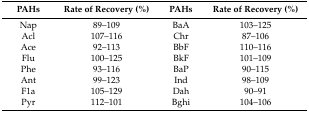
<table><thead><tr><td><b>PAHs</b></td><td><b>Rate of Recovery (%)</b></td><td><b>PAHs</b></td><td><b>Rate of Recovery (%)</b></td></tr></thead><tbody><tr><td>Nap</td><td>89–109</td><td>BaA</td><td>103–125</td></tr><tr><td>Acl</td><td>107–116</td><td>Chr</td><td>87–106</td></tr><tr><td>Ace</td><td>92–113</td><td>BbF</td><td>110–116</td></tr><tr><td>Flu</td><td>100–125</td><td>BkF</td><td>101–109</td></tr><tr><td>Phe</td><td>93–116</td><td>BaP</td><td>90–115</td></tr><tr><td>Ant</td><td>99–123</td><td>Ind</td><td>98–109</td></tr><tr><td>F1a</td><td>105–129</td><td>Dah</td><td>90–91</td></tr><tr><td>Pyr</td><td>112–101</td><td>Bghi</td><td>104–106</td></tr></tbody></table>